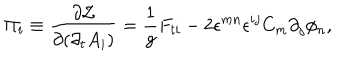
\Pi _ { i } \equiv { \frac { \partial { \cal L } } { \partial { ( \partial _ { t } A _ { i } ) } } } = { \frac { 1 } { g } } F _ { t i } - 2 \epsilon ^ { m n } \epsilon ^ { i j } C _ { m } \partial _ { j } \phi _ { n } ,